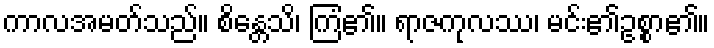
ကာလအမတ်သည်။ စိန္တေသိ၊ ကြံ၏။ ရာဇကုလဿ၊ မင်း၏ဥစ္စာ၏။